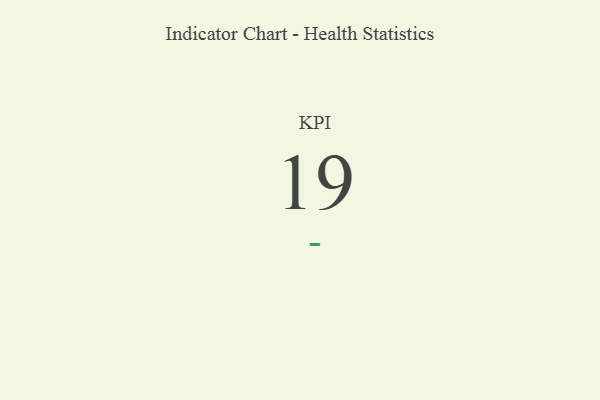
{"axis": {"x": "KPI", "y": "Value"}, "legend": [""], "data": [{"x": "KPI", "y": 19, "type": ""}]}